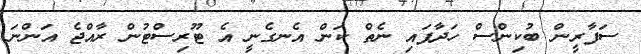
ސަފާރީން ބުކިންސް ހަދާފައި ނެތް ކަން އެނގެނީ އެ ޓޫރިސްޓުން ރާއްޖެ އަންނަ